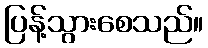
ပြန့်သွားစေသည်။